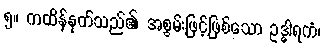
၅။ ကထိန်နုတ်သည်၏ အစွမ်းဖြင့်ဖြစ်သော ဥဒ္ဓါရကံ၊